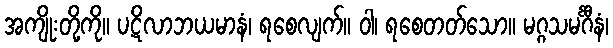
အကျိုးတို့ကို။ ပဋိလာဘယမာနံ၊ ရစေလျက်။ ဝါ၊ ရစေတတ်သော။ မဂ္ဂသမင်္ဂီနံ၊